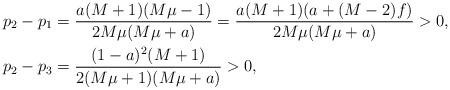
LaTeX: \begin{align*}p_2-p_1&=\frac{a(M+1)(M\mu-1)}{2M\mu(M\mu+a)}=\frac{a(M+1)(a+(M-2)f)}{2M\mu(M\mu+a)}>0,\\p_2-p_3&=\frac{(1-a)^2 (M+1)}{2(M\mu+1)(M\mu+a)}>0,\end{align*}